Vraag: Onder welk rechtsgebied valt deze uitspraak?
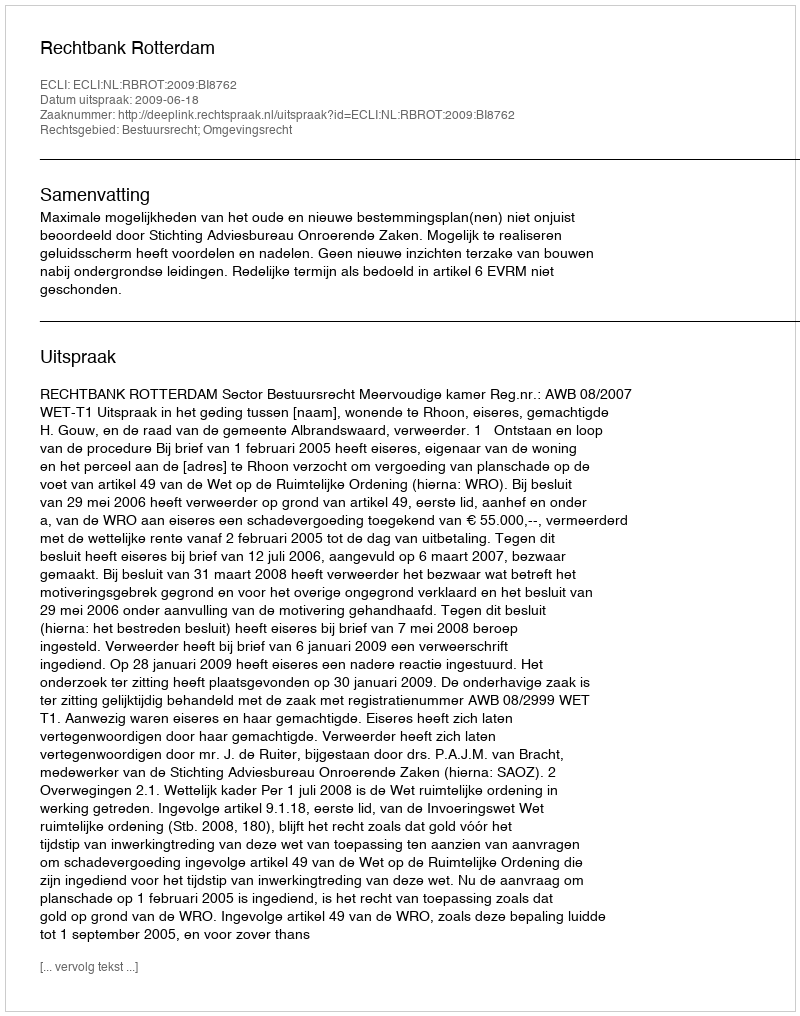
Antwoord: Bestuursrecht; Omgevingsrecht